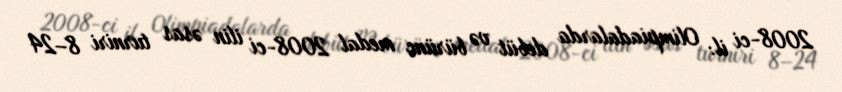
2008-ci il: Olimpiadalarda debüt və bürünc medal 2008-ci ilin əsas turniri 8–24